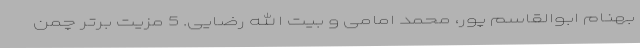
بهنام ابوالقاسم پور، محمد امامی و بیت الله رضایی. 5 مزیت برتر چمن